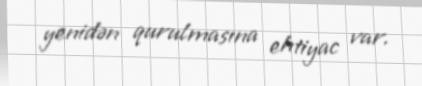
yenidən qurulmasına ehtiyac var.